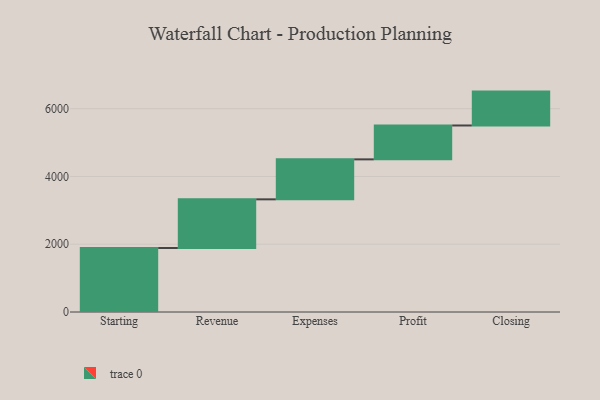
{"axis": {"x": "Step", "y": "Value"}, "legend": [""], "data": [{"x": "Starting", "y": 1889.0, "type": ""}, {"x": "Revenue", "y": 1436.0, "type": ""}, {"x": "Expenses", "y": 1180.0, "type": ""}, {"x": "Profit", "y": 1000, "type": ""}, {"x": "Closing", "y": 1000, "type": ""}]}